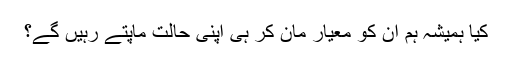
کیا ہمیشہ ہم ان کو معیار مان کر ہی اپنی حالت ماپتے رہیں گے؟